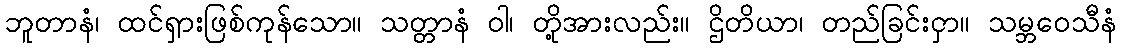
ဘူတာနံ၊ ထင်ရှားဖြစ်ကုန်သော။ သတ္တာနံ ဝါ၊ တို့အားလည်း။ ဌိတိယာ၊ တည်ခြင်းငှာ။ သမ္ဘဝေသီနံ